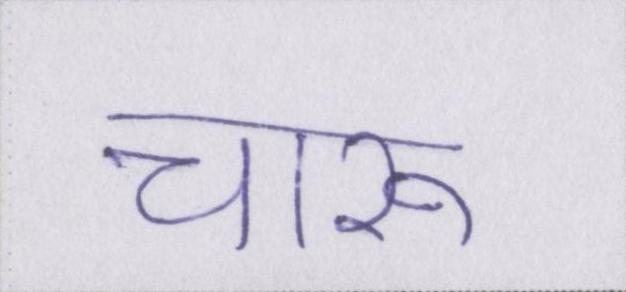
चारू